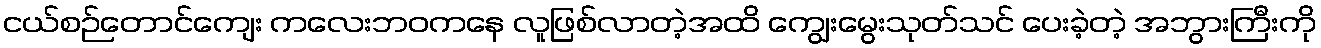
ငယ်စဉ်တောင်ကျေး ကလေးဘဝကနေ လူဖြစ်လာတဲ့အထိ ကျွေးမွေးသုတ်သင် ပေးခဲ့တဲ့ အဘွားကြီးကို